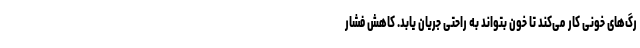
رگ‌های خونی کار می‌کند تا خون بتواند به راحتی جریان یابد. کاهش فشار